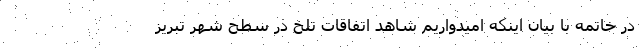
در خاتمه با بیان اینکه امیدواریم شاهد اتفاقات تلخ در سطح شهر تبریز